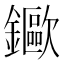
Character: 䥲